Report of the Indian Hemp Drugs Commission, 1894-1895 - Volume VII
Year: 1894
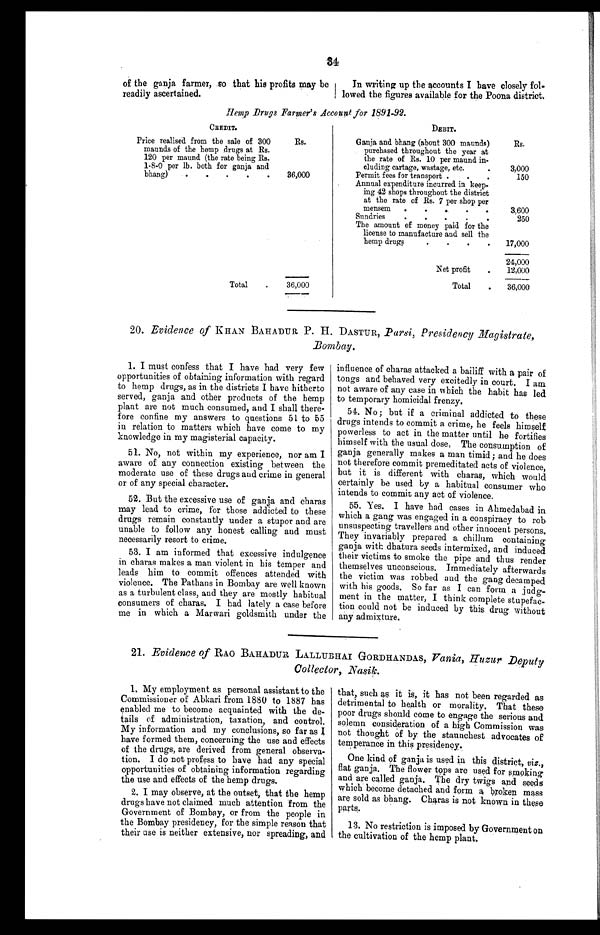
of the ganja farmer, so that his profits may be
readily ascertained.
In writing up the accounts I have closely fol-
lowed the figures available for the Poona district.
Hemp Drugs Farmer's Account for 1891-92.
CREDIT.
Price realised from the sale of 300
Rs.
maunds of the hemp drugs at Rs.
120 per maund (the rate being Rs.
1-8-0 per lb. both for ganja and
.
.
bhang)
.
36,000
Total
36,000
DEBIT.
Ganja and bhang (about 300 maunds)
Rs.
purchased throughout the year at
the rate of Rs. 10 per maund in-
cluding cartage, wastage, etc.
3,000
Permit fees for transport.
150
Annual expenditure incurred in keep-
ing 42 shops throughout the district
at the rate of Rs. 7 per shop per
mensem
.
..
.
.
3,600
Sundries
. . . . . 250
The amount of money paid for the
license to manufacture and sell the
hemp drugs
.
.
.
.
17,000
24,000
Net profit
.
12,000
Total
.
36,000
20. Evidence of KHAN BAHADUR P. H. DASTUR, Parsi, Presidency Magistrate,
Bombay.
1. I must confess that I have had very few
opportunities of obtaining information with regard
to hemp drugs, as in the districts I have hitherto
served, ganja and other products of the hemp
plant are not much consumed, and I shall there
- f o r e c o n f i n e m y a n s w e r s t o q u e s t i o n s 5 1 t o 5 5
in relation to matters which have come to my
knowledge in my magisterial capacity.
51. No, not within my experience, nor am I
aware of any connection existing between the
moderate use of these drugs and crime in general
or of any special character.
52. But the excessive use of ganja and charas
may lead to crime, for those addicted to these
drugs remain constantly under a stupor and are
unable to follow any honest calling and must
necessarily resort to crime.
53. I am informed that excessive indulgence
in charas makes a man violent in his temper and
leads him to commit offences attended with
violence. The Pathans in Bombay are well known
as a turbulent class, and they are mostly habitual
consumers of charas. I had lately a case before
me in which a Marwari goldsmith under the
influence of charas attacked a bailiff with a pair of
tongs and behaved very excitedly in court. I am
not aware of any case in which the habit has led
to temporary homicidal frenzy.
54. No ; but if a criminal addicted to these
drugs intends to commit a crime, he feels himself
powerless to act in the matter until he fortifies
himself with the usual dose, The consumption of
ganja generally makes a man timid ; and he does
not therefore commit premeditated acts of violence,
but it is different with charas, which would
certainly be used by a habitual consumer who
intends to commit any act of violence.
55. Yes. I have had cases in Ahmedabad in
which a gang was engaged in a conspiracy to rob
unsuspecting travellers and other innocent persons.
They invariably prepared a chillum containing
ganja with dhatura seeds intermixed, and induced
their victims to smoke the pipe and thus render
themselves unconscious. Immediately afterwards
the victim was robbed and the gang decamped
with his goods. So far as I can form a judg
-ment in the matter, I think complete stupefac
- t i o n c o u l d n o t b e i n d u c e d b y t h i s d r u g w i t h o u t
any admixture.
21. Evidence of RAO BAHADUR LALLUBHAI GORDHANDAS, Vania, Huzur Deputy
Collector, Nasik.
1. My employment as personal assistant to the
Commissioner of Abkari from 1880 to 1887 has
enabled me to become acquainted with the de-
tails of administration, taxation, and control.
My information and my conclusions, so far as I
have formed them, concerning the use and effects
of the drugs, are derived from general observa
- t i o n . I d o n o t p r o f e s s t o h a v e h a d a n y s p e c i a l
opportunities of obtaining information regarding
the use and effects of the hemp drugs.
2. I may observe, at the outset, that the hemp
drugs have not claimed much attention from the
Government of Bombay, or from the people in
the Bombay presidency, for the simple reason that
their use is neither extensive, nor spreading, and
that, such as it is, it has not been regarded as
detrimental to health or morality. That these
poor drugs should come to engage the serious and
solemn consideration of a high Commission was
not thought of by the staunchest advocates of
temperance in this presidency.
One kind of ganja is used in this district, viz.,
flat ganja. The flower tops are used for smoking
and are called ganja. The dry twigs and seeds
which become detached and form a broken mass
are sold as bhang. Charas is not known in these
parts.
13. No restriction is imposed by Government on
the cultivation of the hemp plant.